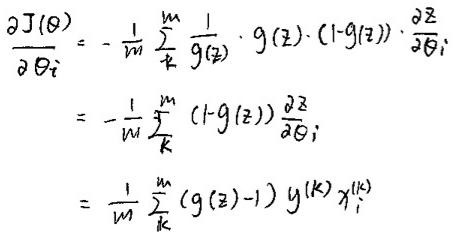
\[
\begin{align*}
\frac{\partial J(\theta)}{\partial \theta_{i}}&=-\frac{1}{m} \sum_{k}^{m} \frac{1}{g(z)} \cdot g(z) \cdot(1 - g(z)) \cdot \frac{\partial z}{\partial \theta_{i}}\\
&=-\frac{1}{m} \sum_{k}^{m}(1 - g(z)) \frac{\partial z}{\partial \theta_{i}}\\
&=\frac{1}{m} \sum_{k}^{m}(g(z)-1) y^{(k)} x_{i}^{(k)}
\end{align*}
\]